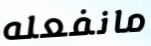
مانفعله